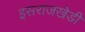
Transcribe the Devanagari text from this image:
इसराजखेडी